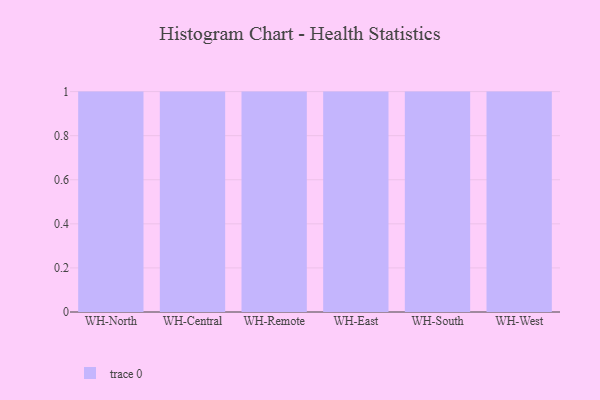
{"axis": {"x": "Warehouse", "y": "Energy Usage (MWh)"}, "legend": [""], "data": [{"x": "WH-North", "y": 77, "type": ""}, {"x": "WH-Central", "y": 60, "type": ""}, {"x": "WH-Remote", "y": 56, "type": ""}, {"x": "WH-East", "y": 7, "type": ""}, {"x": "WH-South", "y": 10, "type": ""}, {"x": "WH-West", "y": 38, "type": ""}]}